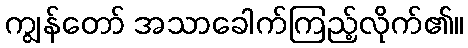
ကျွန်တော် အသာခေါက်ကြည့်လိုက်၏။